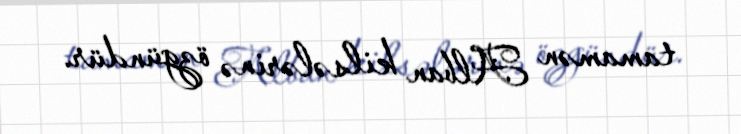
tamamən Alban kilsələrinə özgündür.